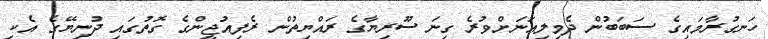
ހަނގުރާމައިގެ ސަބަބުން ދެމިލިއަނަށްވުރެ ގިނަ ސޫރިޔާގެ ރައްޔިތުން ރެފިއުޖީންގެ ގޮތުގައި ދުނިޔޭގެ އެކި